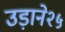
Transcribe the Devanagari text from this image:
उड़ाने२५